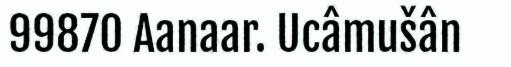
99870 Aanaar. Ucâmušân